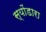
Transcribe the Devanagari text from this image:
स्योंडारा